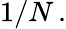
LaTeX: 1/N\, .